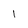
Character: i